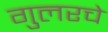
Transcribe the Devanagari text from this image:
गुलरचे